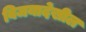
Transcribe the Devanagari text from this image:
विजयादेखील